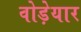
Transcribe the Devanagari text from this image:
वोड़ेयार